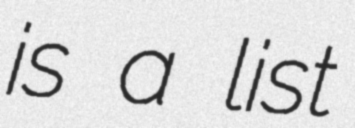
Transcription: is a list